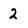
Character: 2